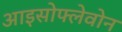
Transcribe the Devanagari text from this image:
आइसोफ्लेवोन